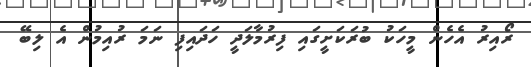
ރޯއިރު އެހެން މީހަކު ބުރަކަށީގައި ފިރުމާލަދީ ހަދައިފި ނަމަ ރުއިމުން އެ ލިބޭ